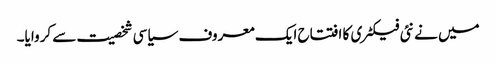
میں نے نئی فیکٹری کا افتتاح ایک معروف سیاسی شخصیت سے کروایا۔